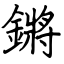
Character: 鏘